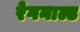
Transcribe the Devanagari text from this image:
रेगनाल्ड